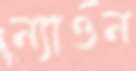
ন্যাওন